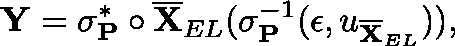
\mathbf { Y } = \mathbf { \sigma } _ { \mathbf { P } } ^ { * } \circ \overline { { \mathbf { X } } } _ { E L } ( \sigma _ { \mathbf { P } } ^ { - 1 } ( \epsilon , \mathfrak { u } _ { \overline { { \mathbf { X } } } _ { E L } } ) ) ,